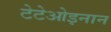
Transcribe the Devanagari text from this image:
टेटेओइनान